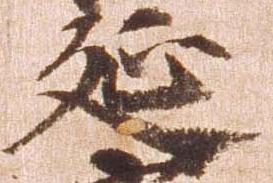
延